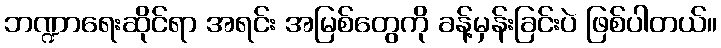
ဘဏ္ဍာရေးဆိုင်ရာ အရင်း အမြစ်တွေကို ခန့်မှန်းခြင်းပဲ ဖြစ်ပါတယ်။